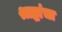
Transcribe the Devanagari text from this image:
श्राद्धांचा